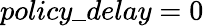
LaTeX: policy\_ delay=0